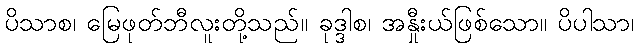
ပိသာစ၊ မြေဖုတ်ဘီလူးတို့သည်။ ခုဒ္ဒါစ၊ အနှီုးယ်ဖြစ်သော။ ပိပါသာ၊